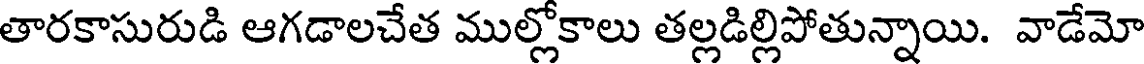
తారకాసురుడి ఆగడాలచేత ముల్లోకాలు తల్లడిల్లిపోతున్నాయి. వాడేమో